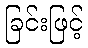
ခြင်းဖြင့်